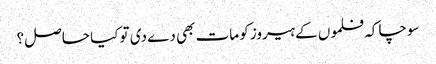
سوچا کہ فلموں کے ہیروز کو مات بھی دے دی تو کیا حاصل؟